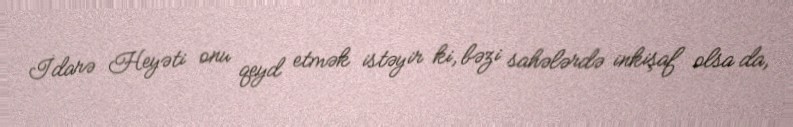
İdarə Heyəti onu qeyd etmək istəyir ki, bəzi sahələrdə inkişaf olsa da,